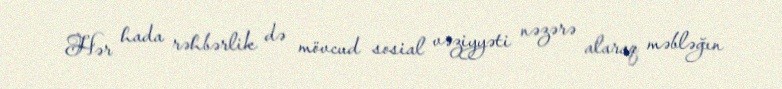
Hər hada rəhbərlik də mövcud sosial vəziyyəti nəzərə alaraq məbləğın